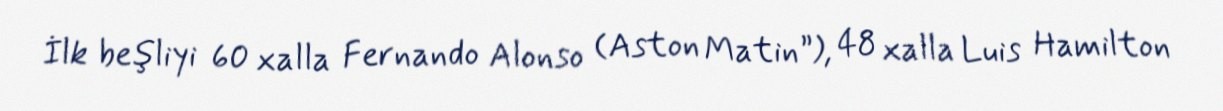
İlk beşliyi 60 xalla Fernando Alonso (Aston Matin”), 48 xalla Luis Hamilton